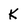
Character: K